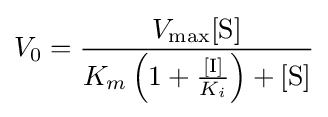
V_{0}={\frac {V_{\max }[{\ce {S}}]}{K_{m}\left(1+{\frac {[{\ce {I}}]}{K_{i}}}\right)+[{\ce {S}}]}}